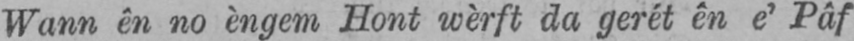
Wann ên no èngem Hont wèrft da gerét ên e’ Pâf